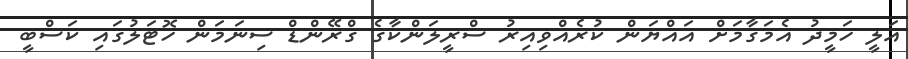
އަލީ ހަމީދު އެމަގާމަށް އައްޔަން ކުރެއްވިއިރު ސްރީލަންކާގެ ގްރޭންޑް ސިނަމަން ހޮޓަލުގައި ކަސްބީ